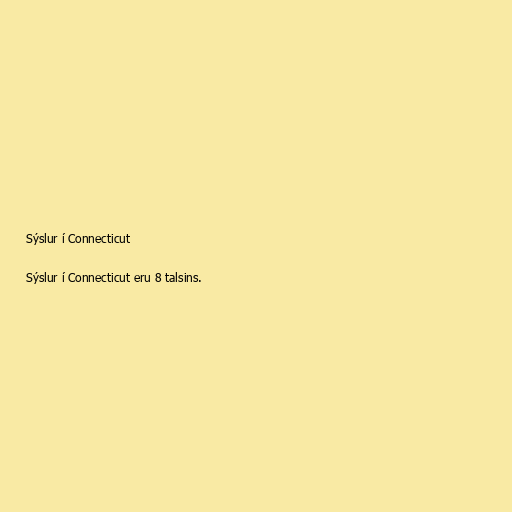
Sýslur í Connecticut

Sýslur í Connecticut eru 8 talsins.